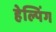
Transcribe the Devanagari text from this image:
हेल्पिंग